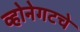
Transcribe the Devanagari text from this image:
व्होनेगटचे